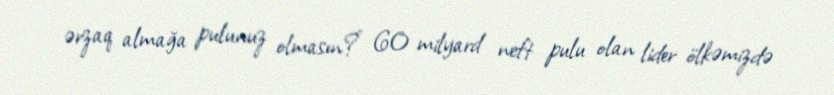
ərzaq almağa pulunuz olmasın?” 60 milyard neft pulu olan lider ölkəmizdə